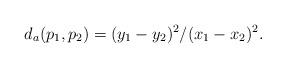
LaTeX: \begin{align*}d_a(p_1,p_2) = (y_1-y_2)^2/(x_1-x_2)^2.\end{align*}